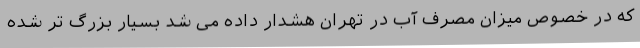
که در خصوص میزان مصرف آب در تهران هشدار داده می شد بسیار بزرگ تر شده